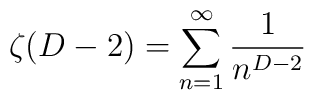
\zeta (D-2)=\sum_{n=1}^{\infty }\frac{1}{n^{D-2}}